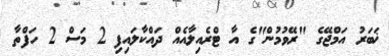
ޚަބަރު އަމްޖޭގެ "ރޭވުމުން"ގެ އާ ޓްރެއިލާއެއް ދައްކާލައިފި 2 މަސް 2 ހަފްތާ